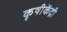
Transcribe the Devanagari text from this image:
कृषीकेंद्री